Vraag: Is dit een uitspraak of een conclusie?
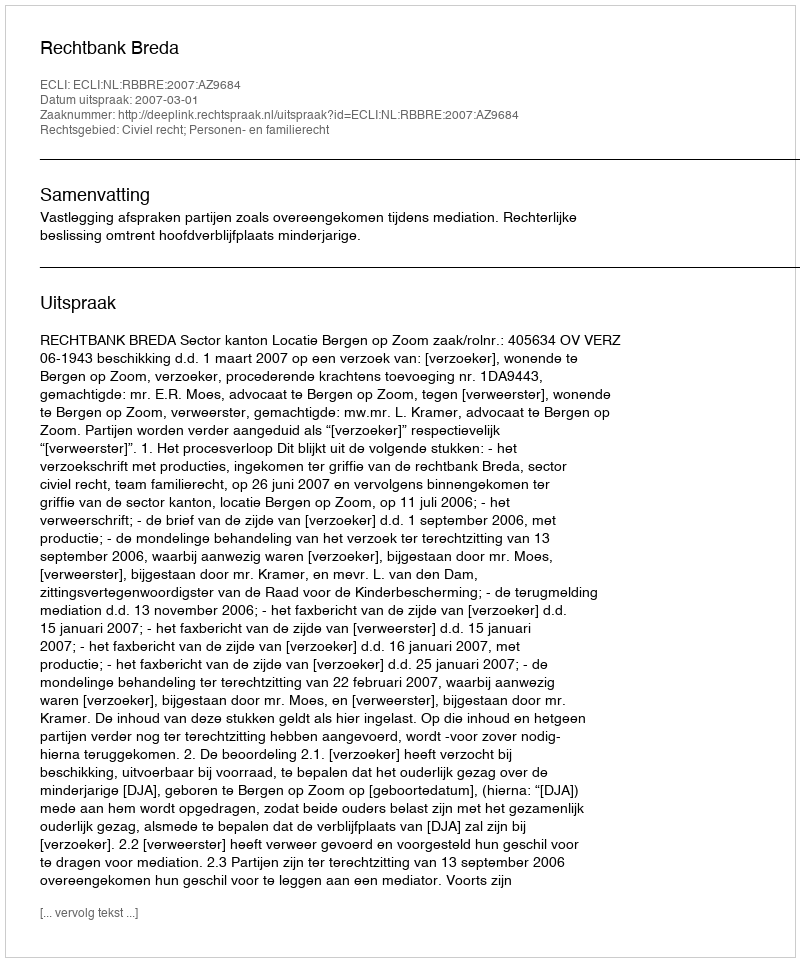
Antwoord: Uitspraak